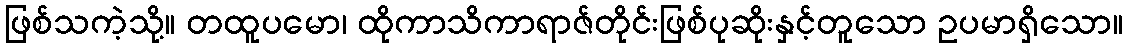
ဖြစ်သကဲ့သို့။ တထူပမော၊ ထိုကာသိကာရာဇ်တိုင်းဖြစ်ပုဆိုးနှင့်တူသော ဥပမာရှိသော။